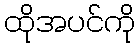
ထိုအပင်ကို